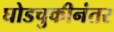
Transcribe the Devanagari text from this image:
घोडचुकीनंतर